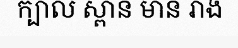
ក្បាល ស្ពាន មាន រាង